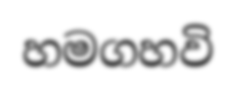
හමගහවි